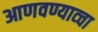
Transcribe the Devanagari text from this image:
आणवण्याव्चा